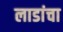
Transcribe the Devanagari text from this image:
लाडांचा